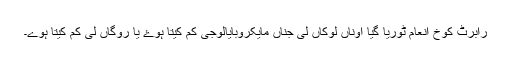
رابرٹ کوخ انعام ٹوریا گیا اوناں لوکاں لی جناں مایکروبایالوجی کم کیتا ہوۓ یا روگاں لی کم کیتا ہوے۔